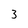
Character: 3